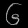
Digit: ၆